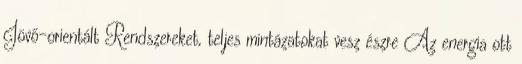
Jövő-orientált Rendszereket, teljes mintázatokat vesz észre Az energia ott